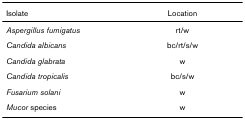
<table><thead><tr><td><b>Isolate</b></td><td><b>Location</b></td></tr></thead><tbody><tr><td><i>Aspergillus fumigatus</i></td><td>rt/w</td></tr><tr><td><i>Candida albicans</i></td><td>bc/rt/s/w</td></tr><tr><td><i>Candida glabrata</i></td><td>w</td></tr><tr><td><i>Candida tropicalis</i></td><td>bc/s/w</td></tr><tr><td><i>Fusarium solani</i></td><td>w</td></tr><tr><td><i>Mucor </i>species</td><td>w</td></tr></tbody></table>